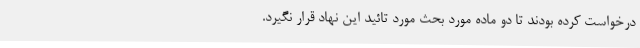
درخواست کرده بودند تا دو ماده مورد بحث مورد تائید این نهاد قرار نگیرد.